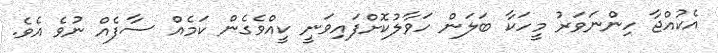
އެކުއްޖާ ހިންނަވަރު މީހަކާ ބަލަން ހަވާލުކޮށްފައިވަނީ ކީއްވެގެން ކަމެއް ސާފެއް ނުވެ އެވެ.